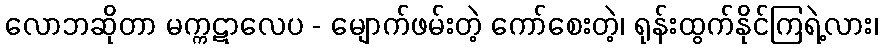
လောဘဆိုတာ မက္ကဋာလေပ - မျောက်ဖမ်းတဲ့ ကော်စေးတဲ့၊ ရုန်းထွက်နိုင်ကြရဲ့လား၊